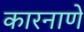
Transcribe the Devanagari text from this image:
कारनाणे